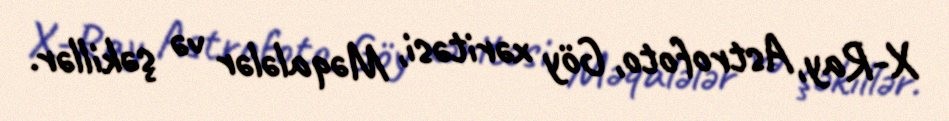
X-Ray, Astrofoto, Göy xəritəsi, Məqalələr və şəkillər.